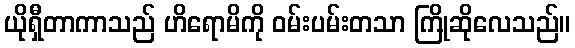
ယိုရှီတာကာသည် ဟိရောမိကို ဝမ်းပမ်းတသာ ကြိုဆိုလေသည်။